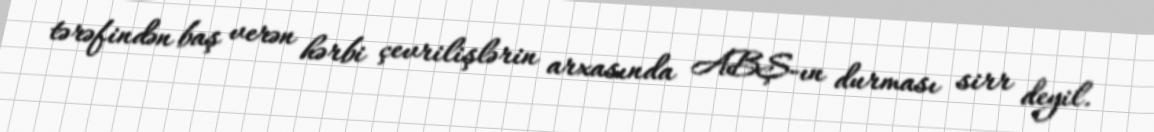
tərəfindən baş verən hərbi çevrilişlərin arxasında ABŞ-ın durması sirr deyil.